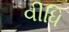
વીધિ